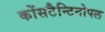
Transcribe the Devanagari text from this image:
कोंसटैन्टिनोपल